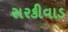
સરકીવાડ